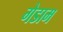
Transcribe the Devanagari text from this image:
गेडाम